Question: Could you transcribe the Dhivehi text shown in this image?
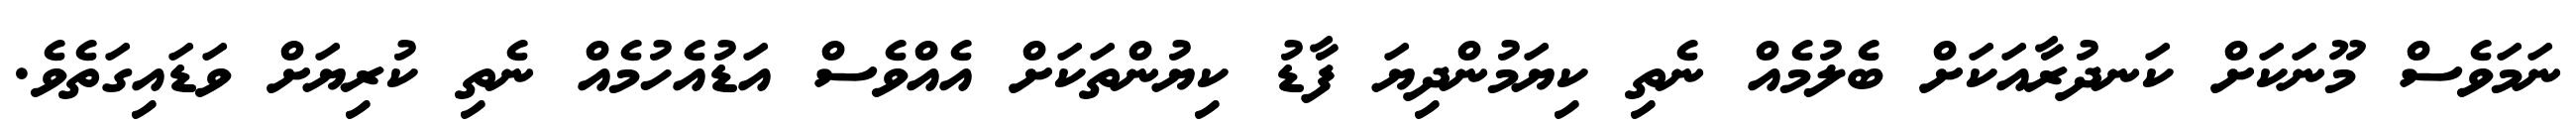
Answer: ނަމަވެސް މޫނަކަށް ކަނދުރާއަކަށް ބެލުމެއް ނެތި ކިޔަމުންދިޔަ ފާޑު ކިޔުންތަކަށް އެއްވެސް އަޑުއެހުމެއް ނެތި ކުރިޔަށް ވަޑައިގަތެވެ.